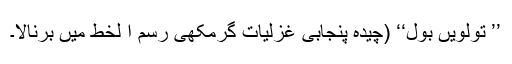
’’ تولویں بول‘‘ (چیدہ پنجابی غزلیات گرمکھی رسم ا لخط میں برنالا۔